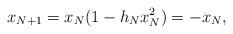
LaTeX: \begin{align*}x_{N+1}=x_N(1-h_Nx^2_N)= -x_N, \end{align*}